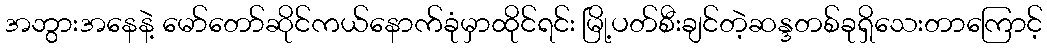
အဘွားအနေနဲ့ မော်တော်ဆိုင်ကယ်နောက်ခုံမှာထိုင်ရင်း မြို့ပတ်စီးချင်တဲ့ဆန္ဒတစ်ခုရှိသေးတာကြောင့်